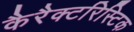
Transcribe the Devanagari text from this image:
कैरैक्टरिस्टिक